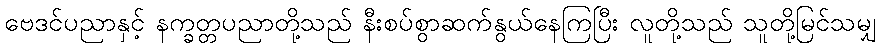
ဗေဒင်ပညာနှင့် နက္ခတ္တပညာတို့သည် နီးစပ်စွာဆက်နွယ်နေကြပြီး လူတို့သည် သူတို့မြင်သမျှ